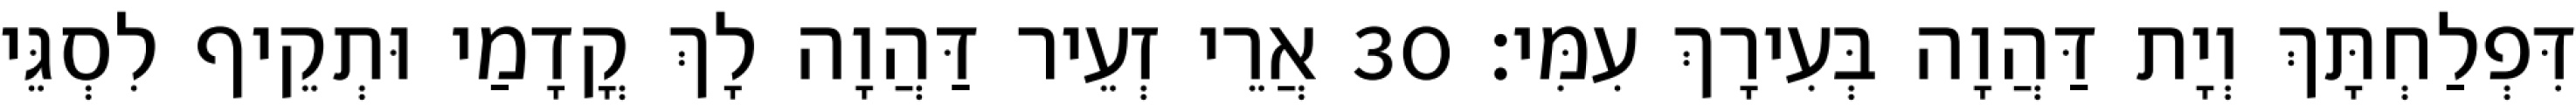
דִּפְלַחְתָּךְ וְיָת דַּהֲוָה בְּעִירָךְ עִמִּי׃ 30 אֲרֵי זְעֵיר דַּהֲוָה לָךְ קֳדָמַי וּתְקֵיף לִסְגֵּי